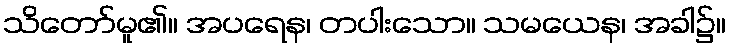
သိတော်မူ၏။ အပရေန၊ တပါးသော။ သမယေန၊ အခါ၌။